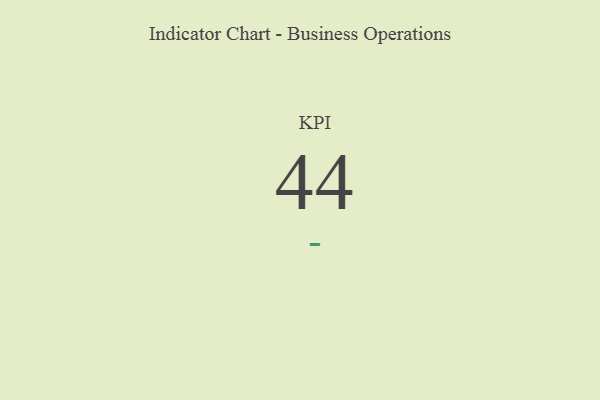
{"axis": {"x": "KPI", "y": "Value"}, "legend": [""], "data": [{"x": "KPI", "y": 44, "type": ""}]}